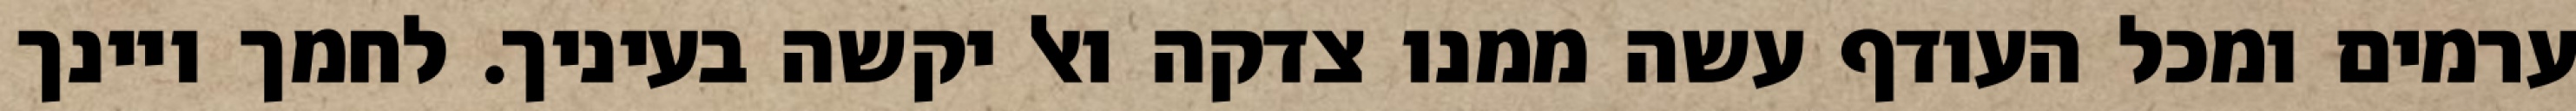
ערמים ומכל העודף עשה ממנו צדקה ואל יקשה בעיניך. לחמך ויינך